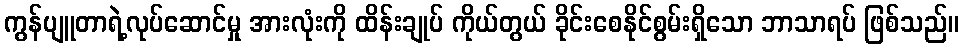
ကွန်ပျူတာရဲ့လုပ်ဆောင်မှု အားလုံးကို ထိန်းချုပ် ကိုယ်တွယ် ခိုင်းစေနိုင်စွမ်းရှိသော ဘာသာရပ် ဖြစ်သည်။